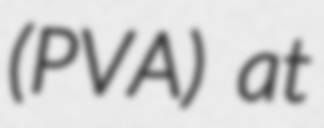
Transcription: (PVA) at